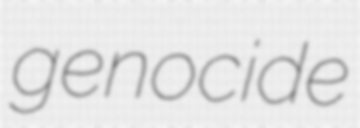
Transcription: genocide